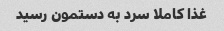
غذا کاملا سرد به دستمون رسید